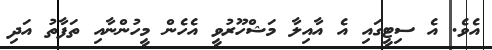
އެވެ. އެ ސިޓީގައި އެ އާއިލާ މަޝްހޫރުވީ އެހެން މީހުންނާއި ތަފާތު އަދި